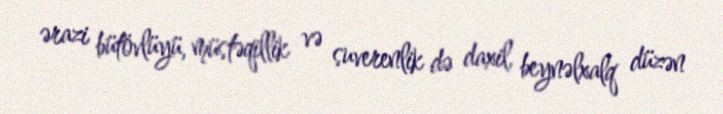
ərazi bütövlüyü, müstəqillik və suverenlik də daxil, beynəlxalq düzən